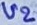
Text: U2